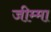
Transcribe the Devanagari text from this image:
जीम्मा